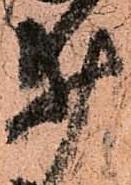
井